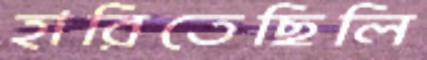
হারিতেছিলি